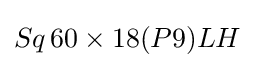
Sq\,60\times 18(P9)LH